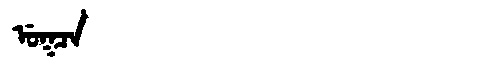
Manchu: ᡠᡴᠴᠠ
Romanization: UKCA